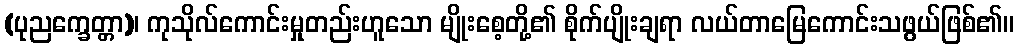
(ပုညက္ခေတ္တာ)၊ ကုသိုလ်ကောင်းမှုတည်းဟူသော မျိုးစေ့တို့၏ စိုက်ပျိုးချရာ လယ်တာမြေကောင်းသဖွယ်ဖြစ်၏။